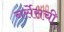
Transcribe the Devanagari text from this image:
नर्सेसची